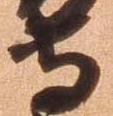
守